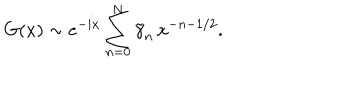
G ( x ) \sim e ^ { - i x } \sum _ { n = 0 } ^ { N } \tilde { \gamma } _ { n } \, x ^ { - n - 1 / 2 } .